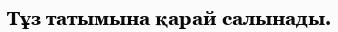
Тұз татымына қарай салынады.